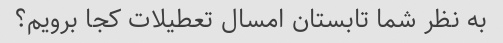
به نظر شما تابستان امسال تعطیلات کجا برویم؟